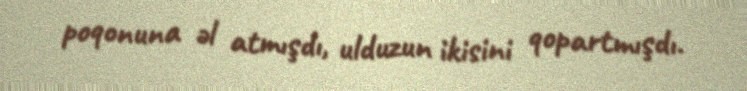
poqonuna əl atmışdı, ulduzun ikisini qopartmışdı.